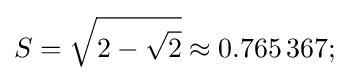
S={\sqrt {2-{\sqrt {2}}}}\approx 0.765\,367;